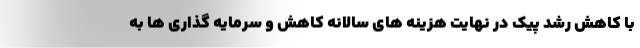
با کاهش رشد پیک در نهایت هزینه های سالانه کاهش و سرمایه گذاری ها به